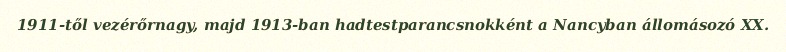
1911-től vezérőrnagy, majd 1913-ban hadtestparancsnokként a Nancyban állomásozó XX.